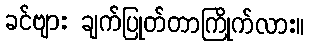
ခင်ဗျား ချက်ပြုတ်တာကြိုက်လား။